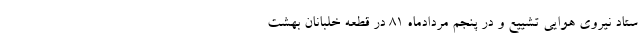
ستاد نيروي هوايي تشييع و در پنجم مردادماه ۸۱ در قطعه خلبانان بهشت